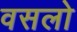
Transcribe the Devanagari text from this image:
वसलो